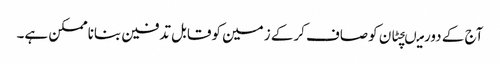
آج کے دورمیںچٹان کوصاف کرکے زمین کوقابل تدفین بناناممکن ہے۔